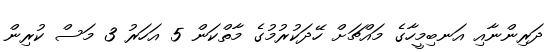
ދަރިންނާއި އަނބިމީހާގެ މައްޗަށް ހޭދަކުރުމުގެ މާތްކަން 5 އަހަރު 3 މަސް ކުރިން